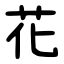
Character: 花